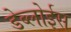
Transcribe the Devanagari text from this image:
डेब्लोईस